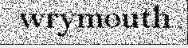
wrymouth